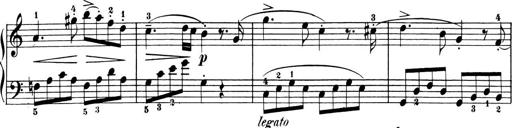
Title: 6 Piano Sonatinas
Composer: Cornelius Gurlitt